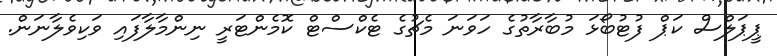
ޕީޕަލްސް ކަޕް ފުޓުބޯޅަ މުބާރާތުގެ ހަވަނަ މެޗުގެ ޓެކްސްޓް ކޮމެންޓަރީ ނިންމާލާފައި ވަކިވެލާނަން.